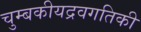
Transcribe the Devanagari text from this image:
चुम्बकीयद्रवगतिकी